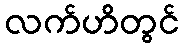
လက်ဟိတွင်